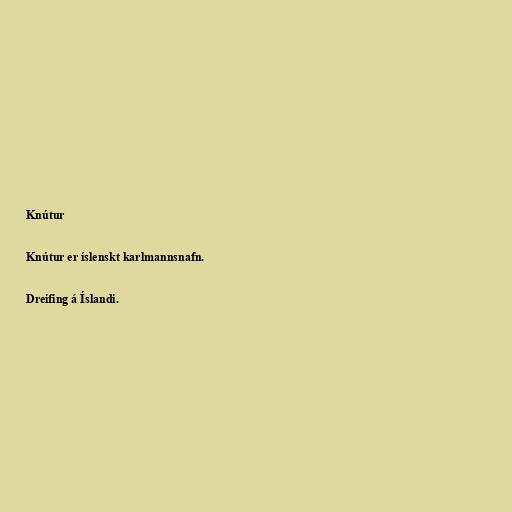
Knútur

Knútur er íslenskt karlmannsnafn.

Dreifing á Íslandi.